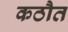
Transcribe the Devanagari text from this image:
कठौत